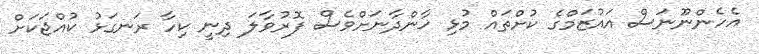
އެހެންނޫނަސް އައުޒަމްގެ ކުށްތައް މުޅި ޚާންދާނަށްވެސް ފޮރުވާލަ ދިނީ ކިހާ ރަނގަޅު ކުއްޖަކަށް